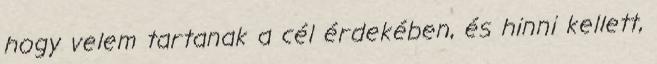
hogy velem tartanak a cél érdekében, és hinni kellett,